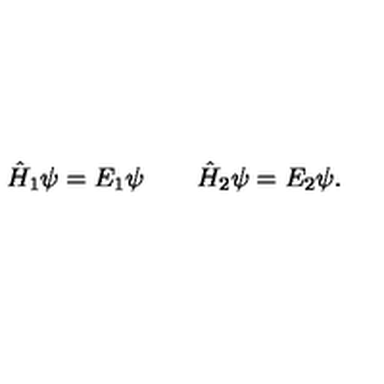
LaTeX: \hat { H } _ { 1 } \psi = E _ { 1 } \psi \qquad \hat { H } _ { 2 } \psi = E _ { 2 } \psi .